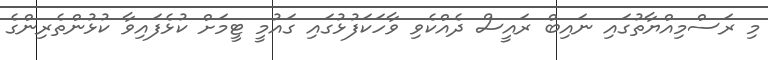
މި ރަސްމިއްޔާތުގައި ނައިބް ރައީސް ދެއްކެވި ވާހަކަފުޅުގައި ގައުމީ ޓީމަށް ކުޅެފައިވާ ކުޅުންތެރިންގެ